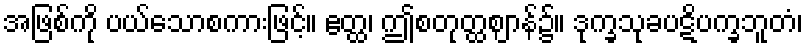
အဖြစ်ကို ပယ်သောစကားဖြင့်။ ဧတ္ထ၊ ဤစတုတ္ထဈာန်၌။ ဒုက္ခသုခပဋိပက္ခဘူတံ၊